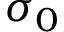
\sigma _ { 0 }